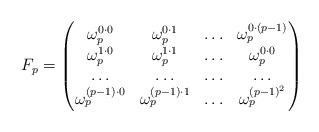
LaTeX: \begin{align*}F_p = \begin{pmatrix}\omega_p^{0\cdot 0}& \omega_p^{0\cdot 1}& \ldots& \omega_p^{0\cdot (p-1)}\\\omega_p^{1\cdot 0}& \omega_p^{1\cdot 1}& \ldots& \omega_p^{0\cdot 0}\\\ldots& \ldots& \ldots& \ldots\\\omega_p^{(p-1)\cdot 0}& \omega_p^{(p-1)\cdot 1}& \ldots& \omega_p^{(p-1)^2}\end{pmatrix}\end{align*}